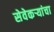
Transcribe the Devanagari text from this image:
सेवेकऱ्यांचा